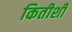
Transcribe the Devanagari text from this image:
कितीशी